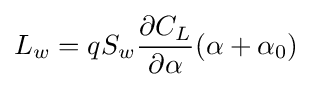
L_{w}=qS_{w}{\frac {\partial C_{L}}{\partial \alpha }}(\alpha +\alpha _{0})